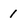
Character: 1